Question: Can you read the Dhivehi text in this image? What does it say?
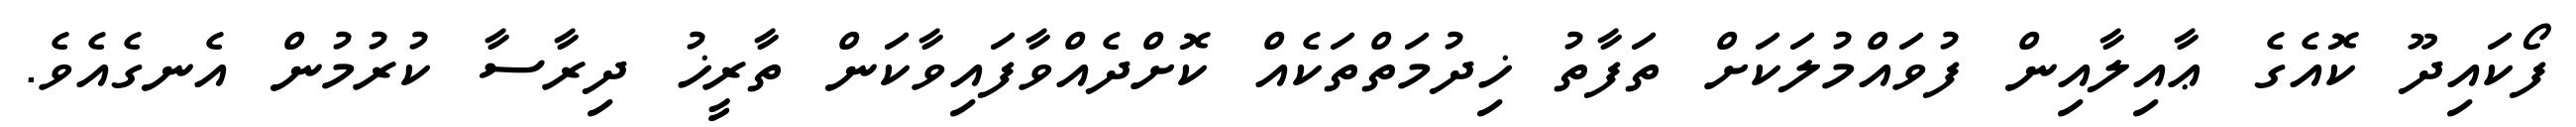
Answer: ފޯކައިދޫ ކޮއެގެ ޢާއިލާއިން ފުވައްމުލަކަށް ތަފާތު ޚިދުމަތްތަކެއް ކޮށްދެއްވާފައިވާކަން ތާރީޚު ދިރާސާ ކުރުމުން އެނގެއެވެ.